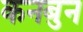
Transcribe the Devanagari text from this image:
कनबुन